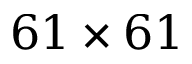
6 1 \times 6 1